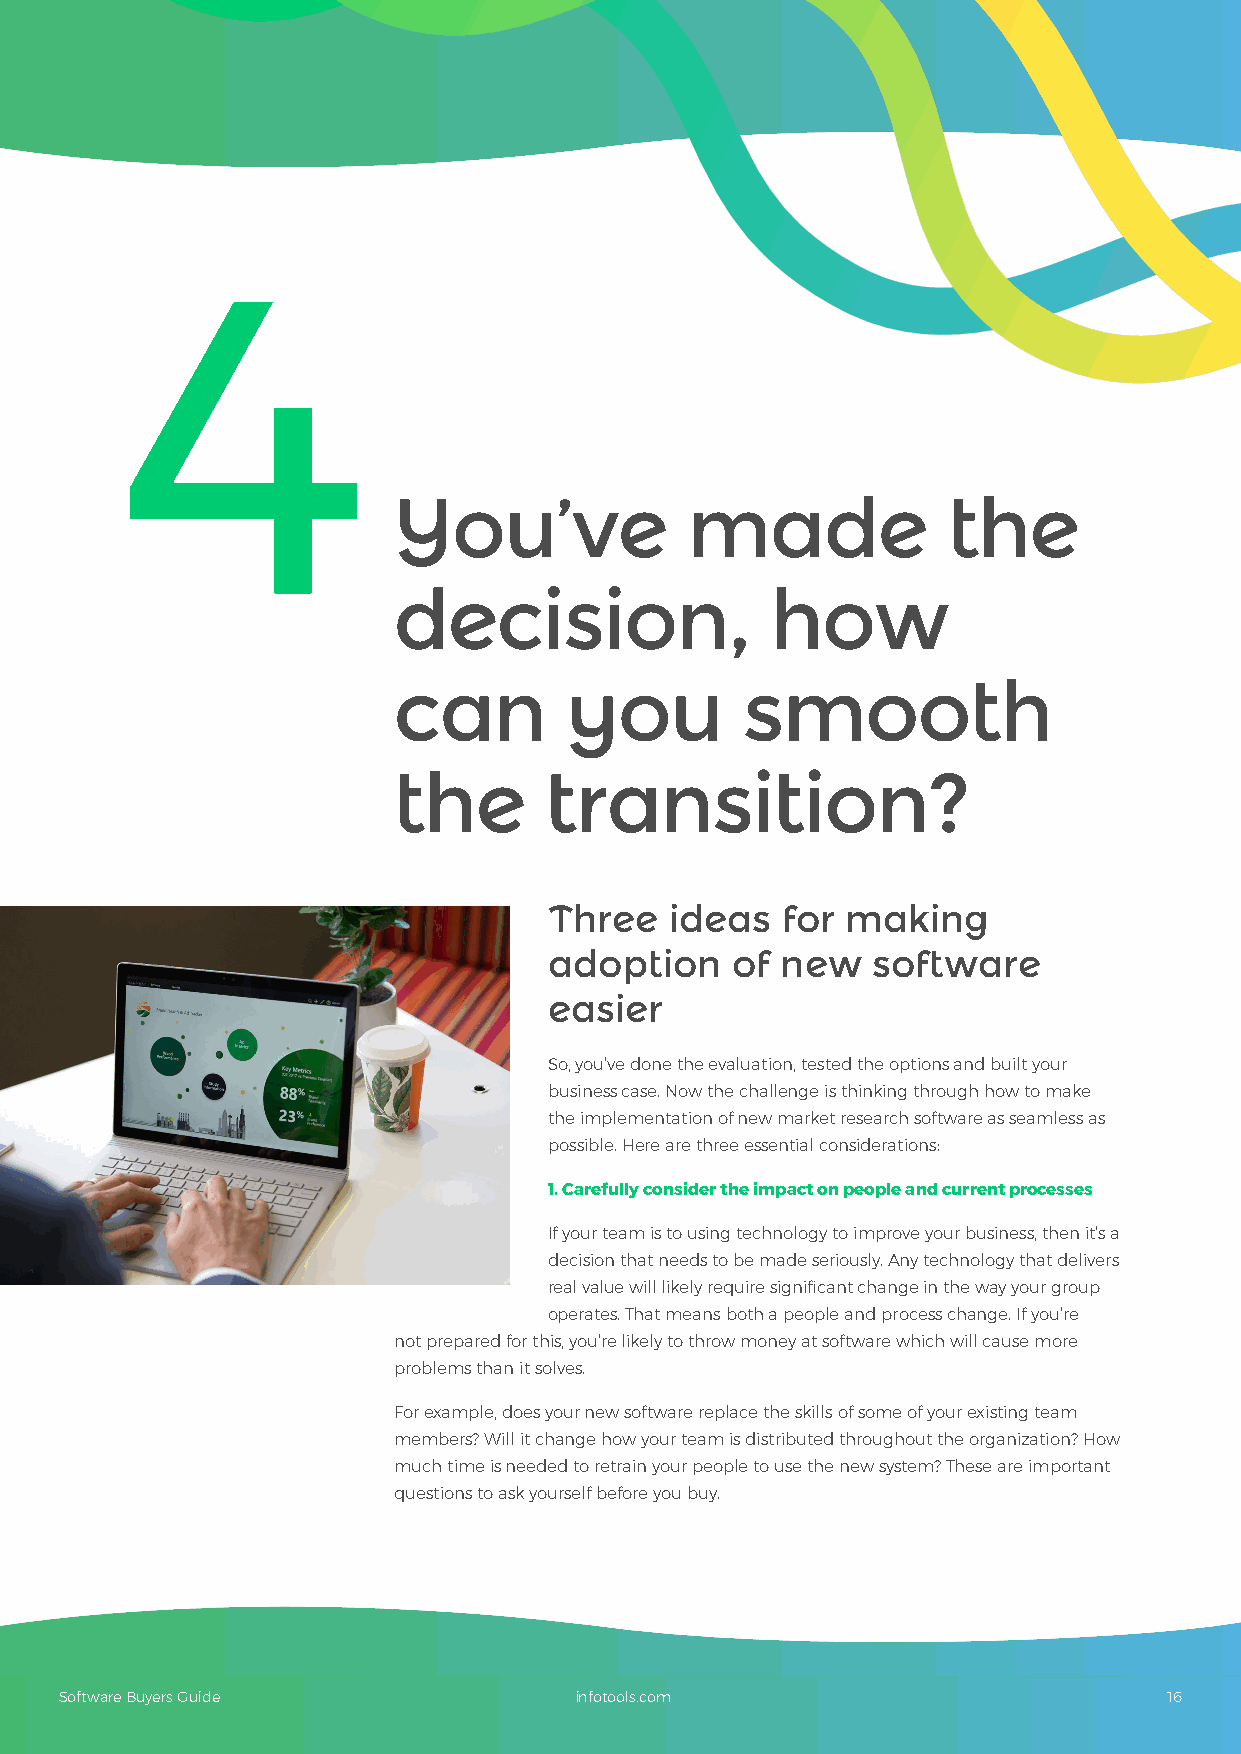
4
 You’ve             made              the
 decision,                how
 can        you         smooth
 the       transition?
 Three   ideas   for making
 adoption    of  new   software
 easier
 So, you’ve done the evaluation, tested the options and built your
 business case. Now the challenge is thinking through how to make
 the implementation of new market research software as seamless as
 possible. Here are three essential considerations:
 1. Carefully consider the impact on people and current processes
 If your team is to using technology to improve your business, then it’s a
 decision that needs to be made seriously. Any technology that delivers
 real value will likely require significant change in the way your group
 operates. That means both a people and process change. If you’re
 not prepared for this, you’re likely to throw money at software which will cause more
 problems than it solves.
 For example, does your new software replace the skills of some of your existing team
 members? Will it change how your team is distributed throughout the organization? How
 much time is needed to retrain your people to use the new system? These are important
 questions to ask yourself before you buy.
 Software Buyers Guide             infotools.com                          16